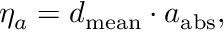
\eta _ { a } = d _ { \mathrm { m e a n } } \cdot a _ { \mathrm { a b s } } ,